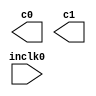
// megafunction wizard: %ALTPLL%VBB%
// GENERATION: STANDARD
// VERSION: WM1.0
// MODULE: altpll 

// ============================================================
// Megafunction Name(s):
// 			altpll
//
// Simulation Library Files(s):
// 			
// ============================================================
// ************************************************************
// THIS IS A WIZARD-GENERATED FILE. DO NOT EDIT THIS FILE!
//
// 11.0 Build 157 04/27/2011 SJ Full Version
// ************************************************************

//Copyright (C) 1991-2011 Altera Corporation
//Your use of Altera Corporation's design tools, logic functions 
//and other software and tools, and its AMPP partner logic 
//functions, and any output files from any of the foregoing 
//(including device programming or simulation files), and any 
//associated documentation or information are expressly subject 
//to the terms and conditions of the Altera Program License 
//Subscription Agreement, Altera MegaCore Function License 
//Agreement, or other applicable license agreement, including, 
//without limitation, that your use is for the sole purpose of 
//programming logic devices manufactured by Altera and sold by 
//Altera or its authorized distributors.  Please refer to the 
//applicable agreement for further details.

module altpllpll (
	inclk0,
	c0,
	c1);

	input	  inclk0;
	output	  c0;
	output	  c1;

endmodule

// ============================================================
// CNX file retrieval info
// ============================================================
// Retrieval info: PRIVATE: ACTIVECLK_CHECK STRING "0"
// Retrieval info: PRIVATE: BANDWIDTH STRING "1.000"
// Retrieval info: PRIVATE: BANDWIDTH_FEATURE_ENABLED STRING "1"
// Retrieval info: PRIVATE: BANDWIDTH_FREQ_UNIT STRING "MHz"
// Retrieval info: PRIVATE: BANDWIDTH_PRESET STRING "Low"
// Retrieval info: PRIVATE: BANDWIDTH_USE_AUTO STRING "1"
// Retrieval info: PRIVATE: BANDWIDTH_USE_PRESET STRING "0"
// Retrieval info: PRIVATE: CLKBAD_SWITCHOVER_CHECK STRING "0"
// Retrieval info: PRIVATE: CLKLOSS_CHECK STRING "0"
// Retrieval info: PRIVATE: CLKSWITCH_CHECK STRING "0"
// Retrieval info: PRIVATE: CNX_NO_COMPENSATE_RADIO STRING "0"
// Retrieval info: PRIVATE: CREATE_CLKBAD_CHECK STRING "0"
// Retrieval info: PRIVATE: CREATE_INCLK1_CHECK STRING "0"
// Retrieval info: PRIVATE: CUR_DEDICATED_CLK STRING "c0"
// Retrieval info: PRIVATE: CUR_FBIN_CLK STRING "e0"
// Retrieval info: PRIVATE: DEVICE_SPEED_GRADE STRING "Any"
// Retrieval info: PRIVATE: DIV_FACTOR0 NUMERIC "1"
// Retrieval info: PRIVATE: DIV_FACTOR1 NUMERIC "1"
// Retrieval info: PRIVATE: DUTY_CYCLE0 STRING "50.00000000"
// Retrieval info: PRIVATE: DUTY_CYCLE1 STRING "50.00000000"
// Retrieval info: PRIVATE: EFF_OUTPUT_FREQ_VALUE0 STRING "125.000000"
// Retrieval info: PRIVATE: EFF_OUTPUT_FREQ_VALUE1 STRING "10.000000"
// Retrieval info: PRIVATE: EXPLICIT_SWITCHOVER_COUNTER STRING "0"
// Retrieval info: PRIVATE: EXT_FEEDBACK_RADIO STRING "0"
// Retrieval info: PRIVATE: GLOCKED_COUNTER_EDIT_CHANGED STRING "1"
// Retrieval info: PRIVATE: GLOCKED_FEATURE_ENABLED STRING "0"
// Retrieval info: PRIVATE: GLOCKED_MODE_CHECK STRING "0"
// Retrieval info: PRIVATE: GLOCK_COUNTER_EDIT NUMERIC "1048575"
// Retrieval info: PRIVATE: HAS_MANUAL_SWITCHOVER STRING "1"
// Retrieval info: PRIVATE: INCLK0_FREQ_EDIT STRING "125.000"
// Retrieval info: PRIVATE: INCLK0_FREQ_UNIT_COMBO STRING "MHz"
// Retrieval info: PRIVATE: INCLK1_FREQ_EDIT STRING "100.000"
// Retrieval info: PRIVATE: INCLK1_FREQ_EDIT_CHANGED STRING "1"
// Retrieval info: PRIVATE: INCLK1_FREQ_UNIT_CHANGED STRING "1"
// Retrieval info: PRIVATE: INCLK1_FREQ_UNIT_COMBO STRING "MHz"
// Retrieval info: PRIVATE: INTENDED_DEVICE_FAMILY STRING "Stratix IV"
// Retrieval info: PRIVATE: INT_FEEDBACK__MODE_RADIO STRING "1"
// Retrieval info: PRIVATE: LOCKED_OUTPUT_CHECK STRING "0"
// Retrieval info: PRIVATE: LONG_SCAN_RADIO STRING "1"
// Retrieval info: PRIVATE: LVDS_MODE_DATA_RATE STRING "Not Available"
// Retrieval info: PRIVATE: LVDS_MODE_DATA_RATE_DIRTY NUMERIC "0"
// Retrieval info: PRIVATE: LVDS_PHASE_SHIFT_UNIT0 STRING "ps"
// Retrieval info: PRIVATE: LVDS_PHASE_SHIFT_UNIT1 STRING "ps"
// Retrieval info: PRIVATE: MIG_DEVICE_SPEED_GRADE STRING "Any"
// Retrieval info: PRIVATE: MULT_FACTOR0 NUMERIC "1"
// Retrieval info: PRIVATE: MULT_FACTOR1 NUMERIC "1"
// Retrieval info: PRIVATE: NORMAL_MODE_RADIO STRING "1"
// Retrieval info: PRIVATE: OUTPUT_FREQ0 STRING "50.00000000"
// Retrieval info: PRIVATE: OUTPUT_FREQ1 STRING "10.00000000"
// Retrieval info: PRIVATE: OUTPUT_FREQ_MODE0 STRING "0"
// Retrieval info: PRIVATE: OUTPUT_FREQ_MODE1 STRING "1"
// Retrieval info: PRIVATE: OUTPUT_FREQ_UNIT0 STRING "MHz"
// Retrieval info: PRIVATE: OUTPUT_FREQ_UNIT1 STRING "MHz"
// Retrieval info: PRIVATE: PHASE_RECONFIG_FEATURE_ENABLED STRING "1"
// Retrieval info: PRIVATE: PHASE_RECONFIG_INPUTS_CHECK STRING "0"
// Retrieval info: PRIVATE: PHASE_SHIFT0 STRING "0.00000000"
// Retrieval info: PRIVATE: PHASE_SHIFT1 STRING "0.00000000"
// Retrieval info: PRIVATE: PHASE_SHIFT_STEP_ENABLED_CHECK STRING "0"
// Retrieval info: PRIVATE: PHASE_SHIFT_UNIT0 STRING "ps"
// Retrieval info: PRIVATE: PHASE_SHIFT_UNIT1 STRING "ps"
// Retrieval info: PRIVATE: PLL_ADVANCED_PARAM_CHECK STRING "0"
// Retrieval info: PRIVATE: PLL_ARESET_CHECK STRING "0"
// Retrieval info: PRIVATE: PLL_AUTOPLL_CHECK NUMERIC "1"
// Retrieval info: PRIVATE: PLL_ENHPLL_CHECK NUMERIC "0"
// Retrieval info: PRIVATE: PLL_FASTPLL_CHECK NUMERIC "0"
// Retrieval info: PRIVATE: PLL_FBMIMIC_CHECK STRING "0"
// Retrieval info: PRIVATE: PLL_LVDS_PLL_CHECK NUMERIC "0"
// Retrieval info: PRIVATE: PLL_PFDENA_CHECK STRING "0"
// Retrieval info: PRIVATE: PLL_TARGET_HARCOPY_CHECK NUMERIC "0"
// Retrieval info: PRIVATE: PRIMARY_CLK_COMBO STRING "inclk0"
// Retrieval info: PRIVATE: RECONFIG_FILE STRING "altpllpll_0.mif"
// Retrieval info: PRIVATE: SACN_INPUTS_CHECK STRING "0"
// Retrieval info: PRIVATE: SCAN_FEATURE_ENABLED STRING "1"
// Retrieval info: PRIVATE: SELF_RESET_LOCK_LOSS STRING "0"
// Retrieval info: PRIVATE: SHORT_SCAN_RADIO STRING "0"
// Retrieval info: PRIVATE: SPREAD_FEATURE_ENABLED STRING "0"
// Retrieval info: PRIVATE: SPREAD_FREQ STRING "50.000"
// Retrieval info: PRIVATE: SPREAD_FREQ_UNIT STRING "KHz"
// Retrieval info: PRIVATE: SPREAD_PERCENT STRING "0.500"
// Retrieval info: PRIVATE: SPREAD_USE STRING "0"
// Retrieval info: PRIVATE: SRC_SYNCH_COMP_RADIO STRING "0"
// Retrieval info: PRIVATE: STICKY_CLK0 STRING "1"
// Retrieval info: PRIVATE: STICKY_CLK1 STRING "1"
// Retrieval info: PRIVATE: SWITCHOVER_COUNT_EDIT NUMERIC "1"
// Retrieval info: PRIVATE: SWITCHOVER_FEATURE_ENABLED STRING "1"
// Retrieval info: PRIVATE: SYNTH_WRAPPER_GEN_POSTFIX STRING "0"
// Retrieval info: PRIVATE: USE_CLK0 STRING "1"
// Retrieval info: PRIVATE: USE_CLK1 STRING "1"
// Retrieval info: PRIVATE: USE_MIL_SPEED_GRADE NUMERIC "0"
// Retrieval info: PRIVATE: ZERO_DELAY_RADIO STRING "0"
// Retrieval info: LIBRARY: altera_mf altera_mf.altera_mf_components.all
// Retrieval info: CONSTANT: BANDWIDTH_TYPE STRING "AUTO"
// Retrieval info: CONSTANT: CLK0_DIVIDE_BY NUMERIC "1"
// Retrieval info: CONSTANT: CLK0_DUTY_CYCLE NUMERIC "50"
// Retrieval info: CONSTANT: CLK0_MULTIPLY_BY NUMERIC "1"
// Retrieval info: CONSTANT: CLK0_PHASE_SHIFT STRING "0"
// Retrieval info: CONSTANT: CLK1_DIVIDE_BY NUMERIC "25"
// Retrieval info: CONSTANT: CLK1_DUTY_CYCLE NUMERIC "50"
// Retrieval info: CONSTANT: CLK1_MULTIPLY_BY NUMERIC "2"
// Retrieval info: CONSTANT: CLK1_PHASE_SHIFT STRING "0"
// Retrieval info: CONSTANT: COMPENSATE_CLOCK STRING "CLK0"
// Retrieval info: CONSTANT: INCLK0_INPUT_FREQUENCY NUMERIC "8000"
// Retrieval info: CONSTANT: INTENDED_DEVICE_FAMILY STRING "Stratix IV"
// Retrieval info: CONSTANT: LPM_TYPE STRING "altpll"
// Retrieval info: CONSTANT: OPERATION_MODE STRING "NORMAL"
// Retrieval info: CONSTANT: PLL_TYPE STRING "AUTO"
// Retrieval info: CONSTANT: PORT_ACTIVECLOCK STRING "PORT_UNUSED"
// Retrieval info: CONSTANT: PORT_ARESET STRING "PORT_UNUSED"
// Retrieval info: CONSTANT: PORT_CLKBAD0 STRING "PORT_UNUSED"
// Retrieval info: CONSTANT: PORT_CLKBAD1 STRING "PORT_UNUSED"
// Retrieval info: CONSTANT: PORT_CLKLOSS STRING "PORT_UNUSED"
// Retrieval info: CONSTANT: PORT_CLKSWITCH STRING "PORT_UNUSED"
// Retrieval info: CONSTANT: PORT_CONFIGUPDATE STRING "PORT_UNUSED"
// Retrieval info: CONSTANT: PORT_FBIN STRING "PORT_UNUSED"
// Retrieval info: CONSTANT: PORT_FBOUT STRING "PORT_UNUSED"
// Retrieval info: CONSTANT: PORT_INCLK0 STRING "PORT_USED"
// Retrieval info: CONSTANT: PORT_INCLK1 STRING "PORT_UNUSED"
// Retrieval info: CONSTANT: PORT_LOCKED STRING "PORT_UNUSED"
// Retrieval info: CONSTANT: PORT_PFDENA STRING "PORT_UNUSED"
// Retrieval info: CONSTANT: PORT_PHASECOUNTERSELECT STRING "PORT_UNUSED"
// Retrieval info: CONSTANT: PORT_PHASEDONE STRING "PORT_UNUSED"
// Retrieval info: CONSTANT: PORT_PHASESTEP STRING "PORT_UNUSED"
// Retrieval info: CONSTANT: PORT_PHASEUPDOWN STRING "PORT_UNUSED"
// Retrieval info: CONSTANT: PORT_PLLENA STRING "PORT_UNUSED"
// Retrieval info: CONSTANT: PORT_SCANACLR STRING "PORT_UNUSED"
// Retrieval info: CONSTANT: PORT_SCANCLK STRING "PORT_UNUSED"
// Retrieval info: CONSTANT: PORT_SCANCLKENA STRING "PORT_UNUSED"
// Retrieval info: CONSTANT: PORT_SCANDATA STRING "PORT_UNUSED"
// Retrieval info: CONSTANT: PORT_SCANDATAOUT STRING "PORT_UNUSED"
// Retrieval info: CONSTANT: PORT_SCANDONE STRING "PORT_UNUSED"
// Retrieval info: CONSTANT: PORT_SCANREAD STRING "PORT_UNUSED"
// Retrieval info: CONSTANT: PORT_SCANWRITE STRING "PORT_UNUSED"
// Retrieval info: CONSTANT: PORT_clk0 STRING "PORT_USED"
// Retrieval info: CONSTANT: PORT_clk1 STRING "PORT_USED"
// Retrieval info: CONSTANT: PORT_clk2 STRING "PORT_UNUSED"
// Retrieval info: CONSTANT: PORT_clk3 STRING "PORT_UNUSED"
// Retrieval info: CONSTANT: PORT_clk4 STRING "PORT_UNUSED"
// Retrieval info: CONSTANT: PORT_clk5 STRING "PORT_UNUSED"
// Retrieval info: CONSTANT: PORT_clk6 STRING "PORT_UNUSED"
// Retrieval info: CONSTANT: PORT_clk7 STRING "PORT_UNUSED"
// Retrieval info: CONSTANT: PORT_clk8 STRING "PORT_UNUSED"
// Retrieval info: CONSTANT: PORT_clk9 STRING "PORT_UNUSED"
// Retrieval info: CONSTANT: PORT_clkena0 STRING "PORT_UNUSED"
// Retrieval info: CONSTANT: PORT_clkena1 STRING "PORT_UNUSED"
// Retrieval info: CONSTANT: PORT_clkena2 STRING "PORT_UNUSED"
// Retrieval info: CONSTANT: PORT_clkena3 STRING "PORT_UNUSED"
// Retrieval info: CONSTANT: PORT_clkena4 STRING "PORT_UNUSED"
// Retrieval info: CONSTANT: PORT_clkena5 STRING "PORT_UNUSED"
// Retrieval info: CONSTANT: USING_FBMIMICBIDIR_PORT STRING "OFF"
// Retrieval info: CONSTANT: WIDTH_CLOCK NUMERIC "10"
// Retrieval info: USED_PORT: @clk 0 0 10 0 OUTPUT_CLK_EXT VCC "@clk[9..0]"
// Retrieval info: USED_PORT: c0 0 0 0 0 OUTPUT_CLK_EXT VCC "c0"
// Retrieval info: USED_PORT: c1 0 0 0 0 OUTPUT_CLK_EXT VCC "c1"
// Retrieval info: USED_PORT: inclk0 0 0 0 0 INPUT_CLK_EXT GND "inclk0"
// Retrieval info: CONNECT: @inclk 0 0 1 1 GND 0 0 0 0
// Retrieval info: CONNECT: @inclk 0 0 1 0 inclk0 0 0 0 0
// Retrieval info: CONNECT: c0 0 0 0 0 @clk 0 0 1 0
// Retrieval info: CONNECT: c1 0 0 0 0 @clk 0 0 1 1
// Retrieval info: GEN_FILE: TYPE_NORMAL altpllpll.v TRUE
// Retrieval info: GEN_FILE: TYPE_NORMAL altpllpll.ppf TRUE
// Retrieval info: GEN_FILE: TYPE_NORMAL altpllpll.inc FALSE
// Retrieval info: GEN_FILE: TYPE_NORMAL altpllpll.cmp FALSE
// Retrieval info: GEN_FILE: TYPE_NORMAL altpllpll.bsf FALSE
// Retrieval info: GEN_FILE: TYPE_NORMAL altpllpll_inst.v FALSE
// Retrieval info: GEN_FILE: TYPE_NORMAL altpllpll_bb.v TRUE